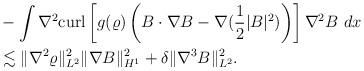
LaTeX: \begin{align*}\begin{aligned}&-\int \nabla^2{\rm curl}\left[g(\varrho)\left(B\cdot \nabla B -\nabla(\frac{1}{2}|B|^2)\right)\right]\nabla^2 B~dx\\&\lesssim \|\nabla^2 \varrho\|_{L^2}^2\|\nabla B\|_{H^1}^2+\delta\|\nabla^3 B\|_{L^2}^2.\\\end{aligned}\end{align*}